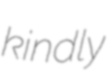
kindly